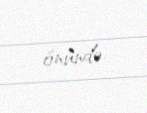
önündə.